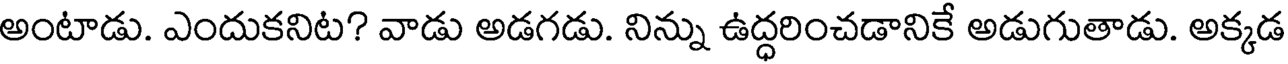
అంటాడు. ఎందుకనిట? వాడు అడగడు. నిన్ను ఉద్ధరించడానికే అడుగుతాడు. అక్కడ